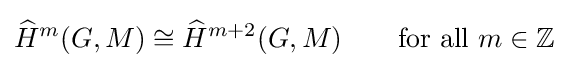
{\widehat {H}}^{m}(G,M)\cong {\widehat {H}}^{m+2}(G,M)\qquad {\text{for all }}m\in \mathbb {Z}